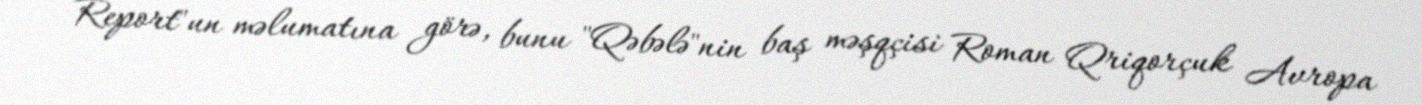
Report"un məlumatına görə, bunu "Qəbələ"nin baş məşqçisi Roman Qriqorçuk Avropa